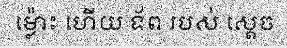
ម្ល៉ោះ ហើយ ទ័ព របស់ ស្តេច